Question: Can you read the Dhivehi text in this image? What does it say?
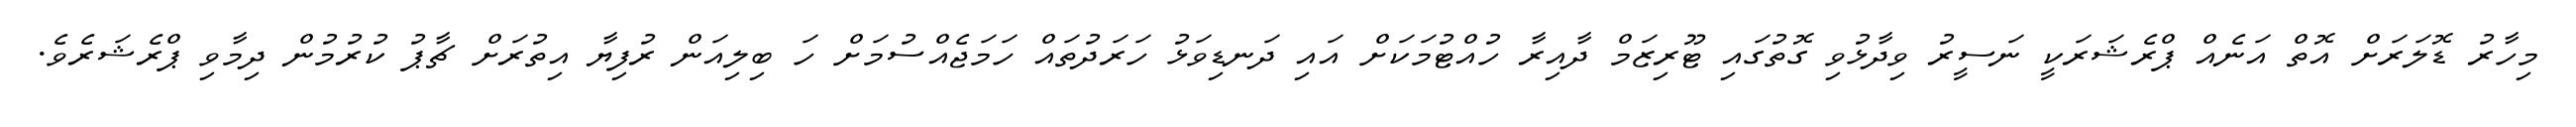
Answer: މިހާރު ޑޮލަރަށް އޮތް އަނެއް ޕްރެޝަރަކީ ނަސީރު ވިދާޅުވި ގޮތުގައި ޓޫރިޒަމް ދާއިރާ ހުއްޓުމަކަށް އައި ދަނޑިވަޅު ހަރަދުތައް ހަމަޖެއްސުމަށް ހަ ބިލިއަން ރުފިޔާ އިތުރަށް ޗާޕު ކުރުމުން ދިމާވި ޕްރެޝަރެވެ.